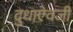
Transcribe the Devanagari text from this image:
दुधाऐवजी